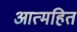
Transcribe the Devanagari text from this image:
आत्महित